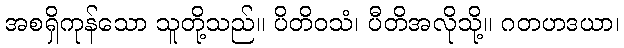
အစရှိကုန်သော သူတို့သည်။ ပိတိဝသံ၊ ပီတိအလိုသို့။ ဂတဟဒယာ၊